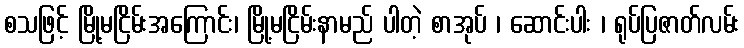
စသဖြင့် မြို့မငြိမ်းအကြောင်း၊ မြို့မငြိမ်းနာမည် ပါတဲ့ စာအုပ် ၊ ဆောင်းပါး ၊ ရုပ်ပြဇာတ်လမ်း